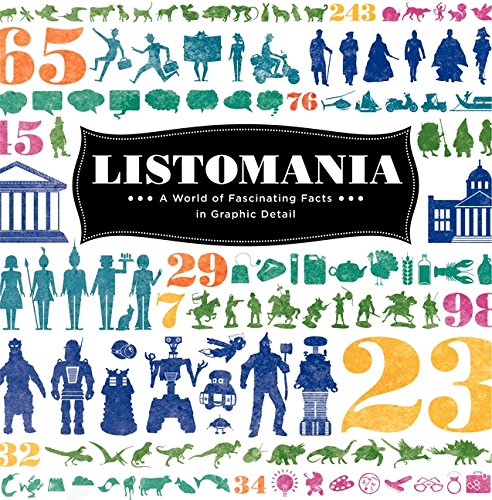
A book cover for Listomania: A World of Fascinating Facts in Graphic Detail; The Listomaniacs; Humor & Entertainment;